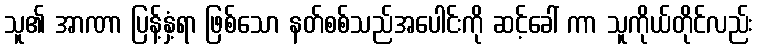
သူ၏ အာဏာ ပြန့်နှံ့ရာ ဖြစ်သော နတ်စစ်သည်အပေါင်းကို ဆင့်ခေါ် ကာ သူကိုယ်တိုင်လည်း